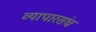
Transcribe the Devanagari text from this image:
व्यापारसंघ